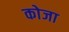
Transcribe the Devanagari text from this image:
कोजा